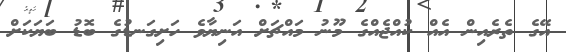
އޭގެ ތެރެއިން އެއް ކުއްޖެއްގެ މޫނު މައްޗަށް އަނިޔާވެ ހަށިގަނޑުގެ ބޮޑު ބަޔަކަށް